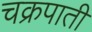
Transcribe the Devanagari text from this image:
चक्रपाती